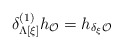
\begin{align*}\delta^{(1)}_{\Lambda[\xi]}h_{\cal O}=h_{\delta_{\xi}{\cal O}}\end{align*}